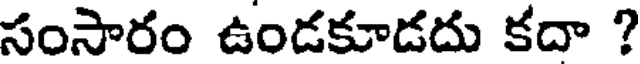
సంసారం ఉండకూడదు కదా ?